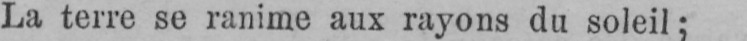
La terre se ranime aux rayons du soleil;